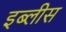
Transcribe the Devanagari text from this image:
इब्लीस